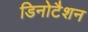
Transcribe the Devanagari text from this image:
डिनोटैशन